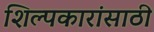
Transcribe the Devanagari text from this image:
शिल्पकारांसाठी